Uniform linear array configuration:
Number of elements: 12
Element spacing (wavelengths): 1
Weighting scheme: cosine
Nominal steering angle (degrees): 15
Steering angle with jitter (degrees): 14.518
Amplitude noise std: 0.05
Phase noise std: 0.05

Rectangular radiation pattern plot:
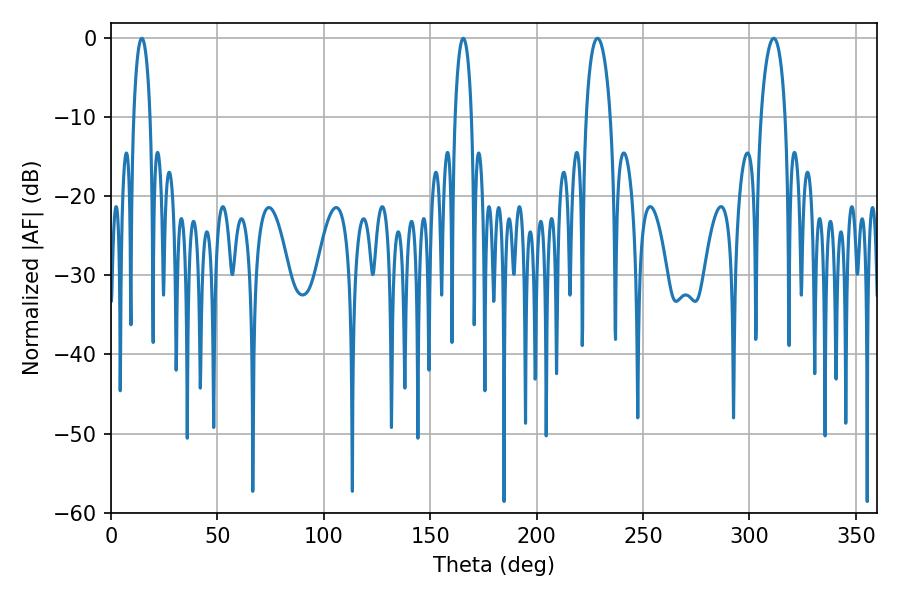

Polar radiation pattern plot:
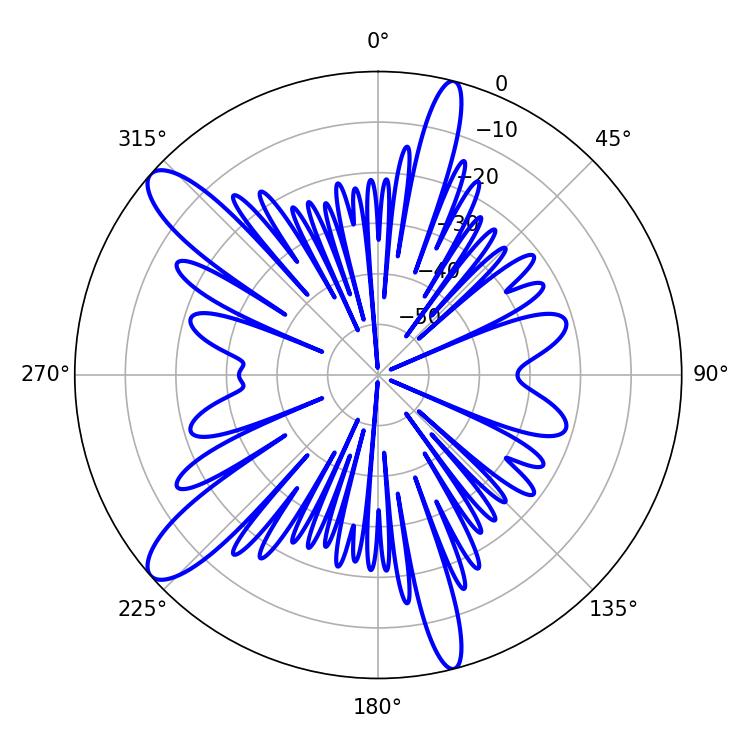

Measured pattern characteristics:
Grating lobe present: TRUE
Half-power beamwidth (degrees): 6.48
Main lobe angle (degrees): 228.6